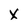
Character: X